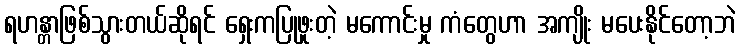
ရဟန္တာဖြစ်သွားတယ်ဆိုရင် ရှေးကပြုဖူးတဲ့ မကောင်းမှု ကံတွေဟာ အကျိုး မပေးနိုင်တော့ဘဲ